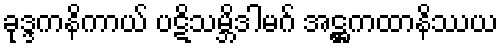
ခုဒ္ဒကနိကာယ် ပဋိသမ္ဘိဒါမဂ် အဋ္ဌကထာနိဿယ